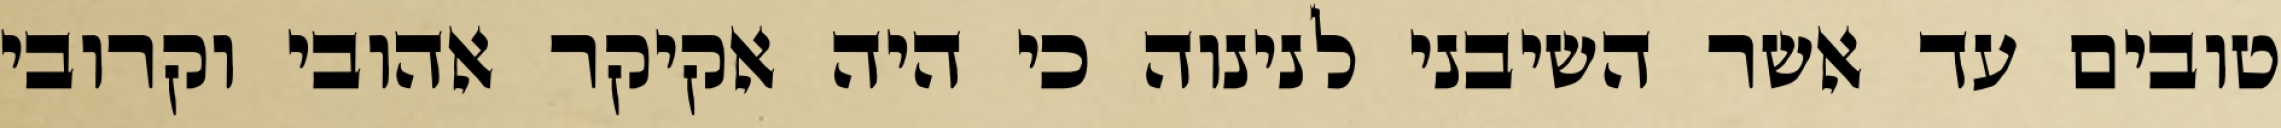
טובים עד אשר השיבני לנינוה כי היה אקיקר אהובי וקרובי